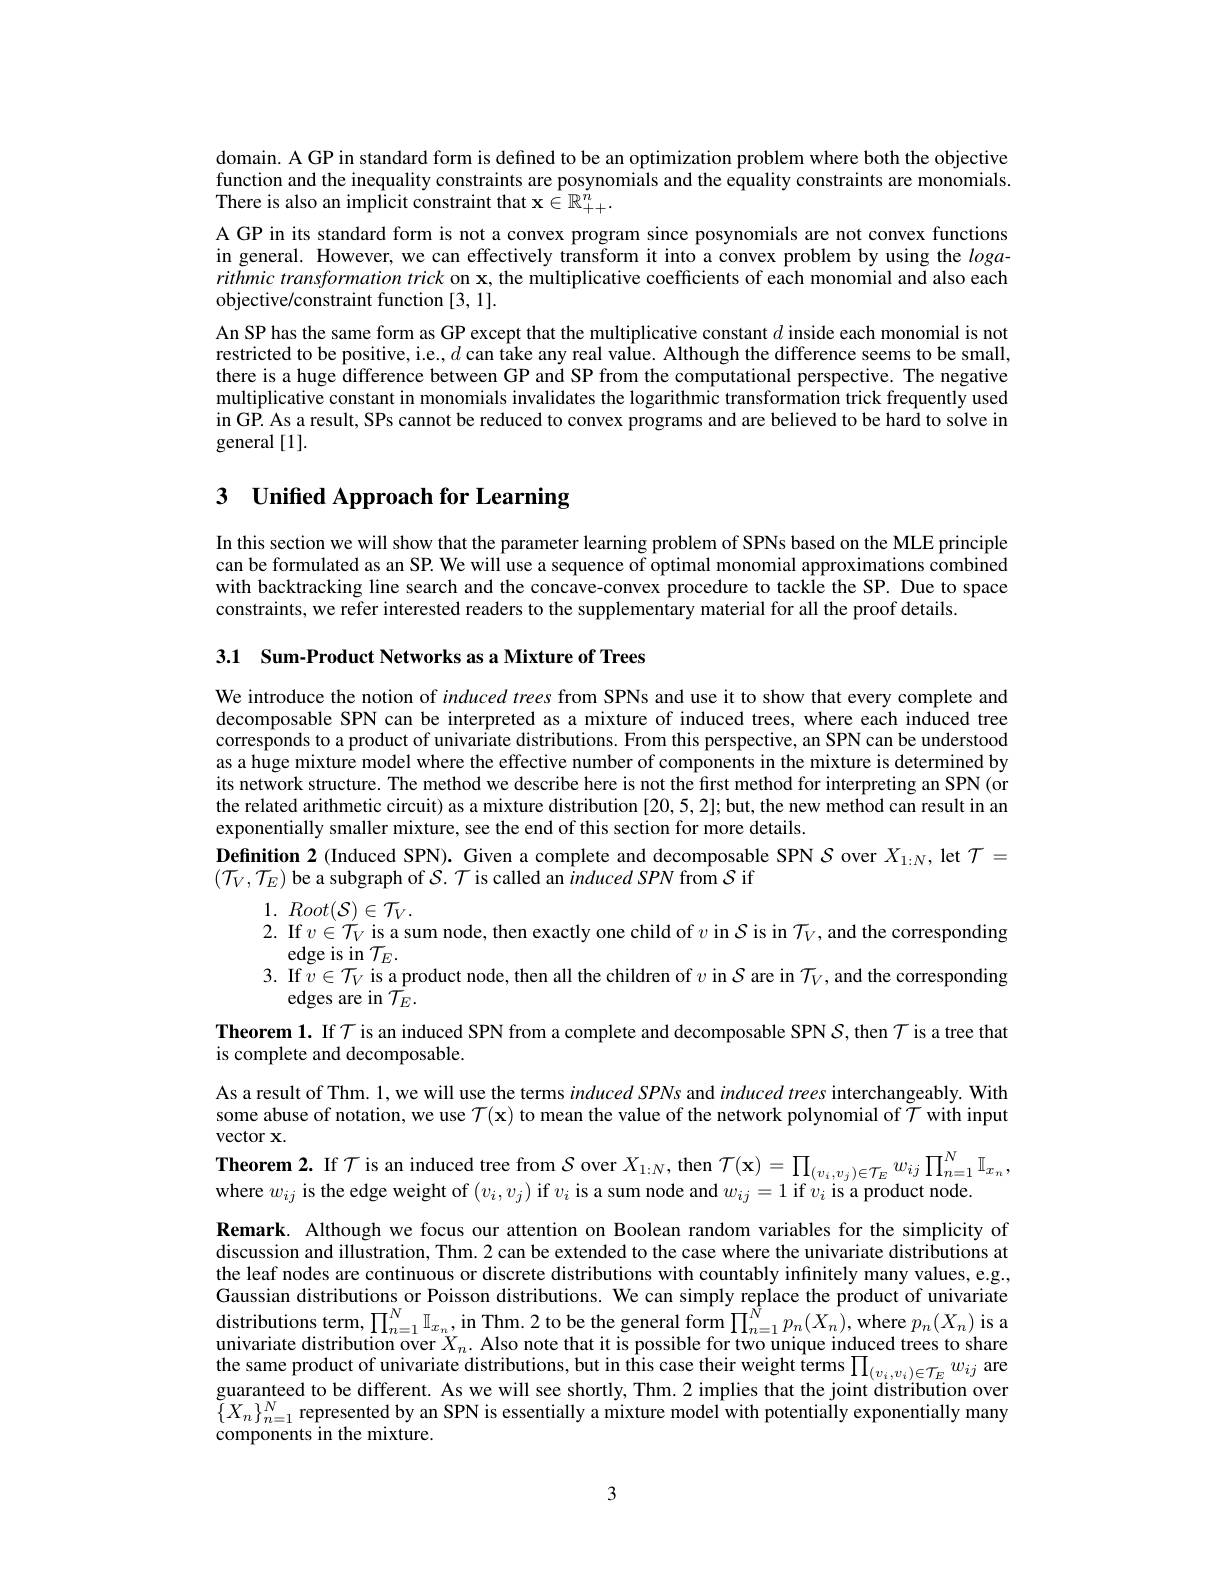
domain. A GP in standard form is defined to be an optimization problem where both the objective function and the inequality constraints are posynomials and the equality constraints are monomials There is also an implicit constraint that $\mathbf{x}\in\mathbb{R}_{++}^{\tilde{n}}.$
A GP in its standard form is not a convex program since posynomials are not convex functions in general. However, we can effectively transform it into a convex problem by using the $loga-$ rithmictransformationtrick on x, the multiplicative coefficients of each monomial and also each objective/constraint function [3, 1].
An SP has the same form as GP except that the multiplicative constant $d$ inside each monomial is not restricted to be positive, i.e., $d$ can take any real value. Although the difference seems to be small, there is a huge difference between GP and SP from the computational perspective. The negative multiplicative constant in monomials invalidates the logarithmic transformation trick frequently used in GP. As a result, SPs cannot be reduced to convex programs and are believed to be hard to solve in general [1].

# 3 Unified Approach for Learning

In this section we will show that the parameter learning problem of SPNs based on the MLE principle can be formulated as an SP. We will use a sequence of optimal monomial approximations combined with backtracking line search and the concave-convex procedure to tackle the SP. Due to space constraints, we refer interested readers to the supplementary material for all the proof details.

3.1 Sum-Product Networks as a Mixture of Trees

We introduce the notion of induced trees from SPNs and use it to show that every complete and decomposable SPN can be interpreted as a mixture of induced trees, where each induced tree corresponds to a product of univariate distributions. From this perspective, an SPN can be understood as a huge mixture model where the effective number of components in the mixture is determined by its network structure. The method we describe here is not the first method for interpreting an SPN (or the related arithmetic circuit) as a mixture distribution [20,5,2]; but, the new method can result in an exponentially smaller mixture, see the end of this section for more details.
Definition 2 (Induced SPN). Given a complete and decomposable SPN $\mathcal{S}$ over $X_1:N$, let $\mathcal{T}=$
$(\mathcal{T}_{V},\mathcal{T}_{E})$ be a subgraph of $\mathcal{S}.\mathcal{T}$ is called an $\hat{i} \textit{nduced SPN from S if}$
1. $Root( \mathcal{S} ) \in \mathcal{T} _{V}.$
2. If $v\in\mathcal{T}_V$ is a sum node, then exactly one child of $v$ in $\mathcal{S}$ is in $\mathcal{T}_V$,and the corresponding
edge is in $\mathcal{T}_E.$
3. If $\bar{v}\in\mathcal{T}_V$ is a product node, then all the children of $v$ in $\mathcal{S}$ are in $\mathcal{T}_V$, and the corresponding
edges are in $\bar{\mathcal{T}}_E.$
Theorem 1. If $\mathcal{T}$ is an induced SPN from a complete and decomposable SPN $\mathcal{S}$,then $\mathcal{T}$ is a tree that
is complete and decomposable
As a result of Thm. 1,we will use the terms induced SPNs and induced trees interchangeably. With some abuse of notation, we use $\mathcal{T}(\mathbf{x})$ to mean the value of the network polynomial of $\mathcal{T}$ with input vector x.
$\textbf{Theorem 2. If }\mathcal{T}$ is an induced tree from $\mathcal{S}$ over $X_{1: N}$,then $\mathcal{T} ( \mathbf{x} ) = \prod _{( v_i, v_j) \in \mathcal{T} _E}w_{ij}\prod _{n= 1}^{N}\mathbb{I} _{x_n}$, where $w_{ij}$ is the edge weight of $( v_i, v_j)$ if $v_i$ is a sum node and $w_{ij}= 1$ if $v_i$ is a product node. Remark. Although we focus our attention on Boolean random variables for the simplicity of discussion and illustration, Thm. 2 can be extended to the case where the univariate distributions at the leaf nodes are continuous or discrete distributions with countably infinitely many values, e.g. Gaussian distributions or Poisson distributions. We can simply replace the product of univariate distributions term, $\prod_{n=1}^N\mathbb{I}_{x_n}$, in Thm. 2 to be the general form $\prod_n=1^{\tilde{N}}p_n(X_n)$,where $p_n(X_n)$ is a univariate distribution over $X_n.$ Also note that it is possible for two unique induced trees to share the same product of univariate distributions, but in this case their weight terms $\prod_{(v_{i},v_{i})\in\mathcal{T}_{E}}w_{ij}$ are guaranteed to be different. As we will see shortly, Thm. 2 implies that the joint distribution over $\{X_n\}_{n=1}^N$ represented by an SPN is essentially a mixture model with potentially exponentially many components in the mixture.

3